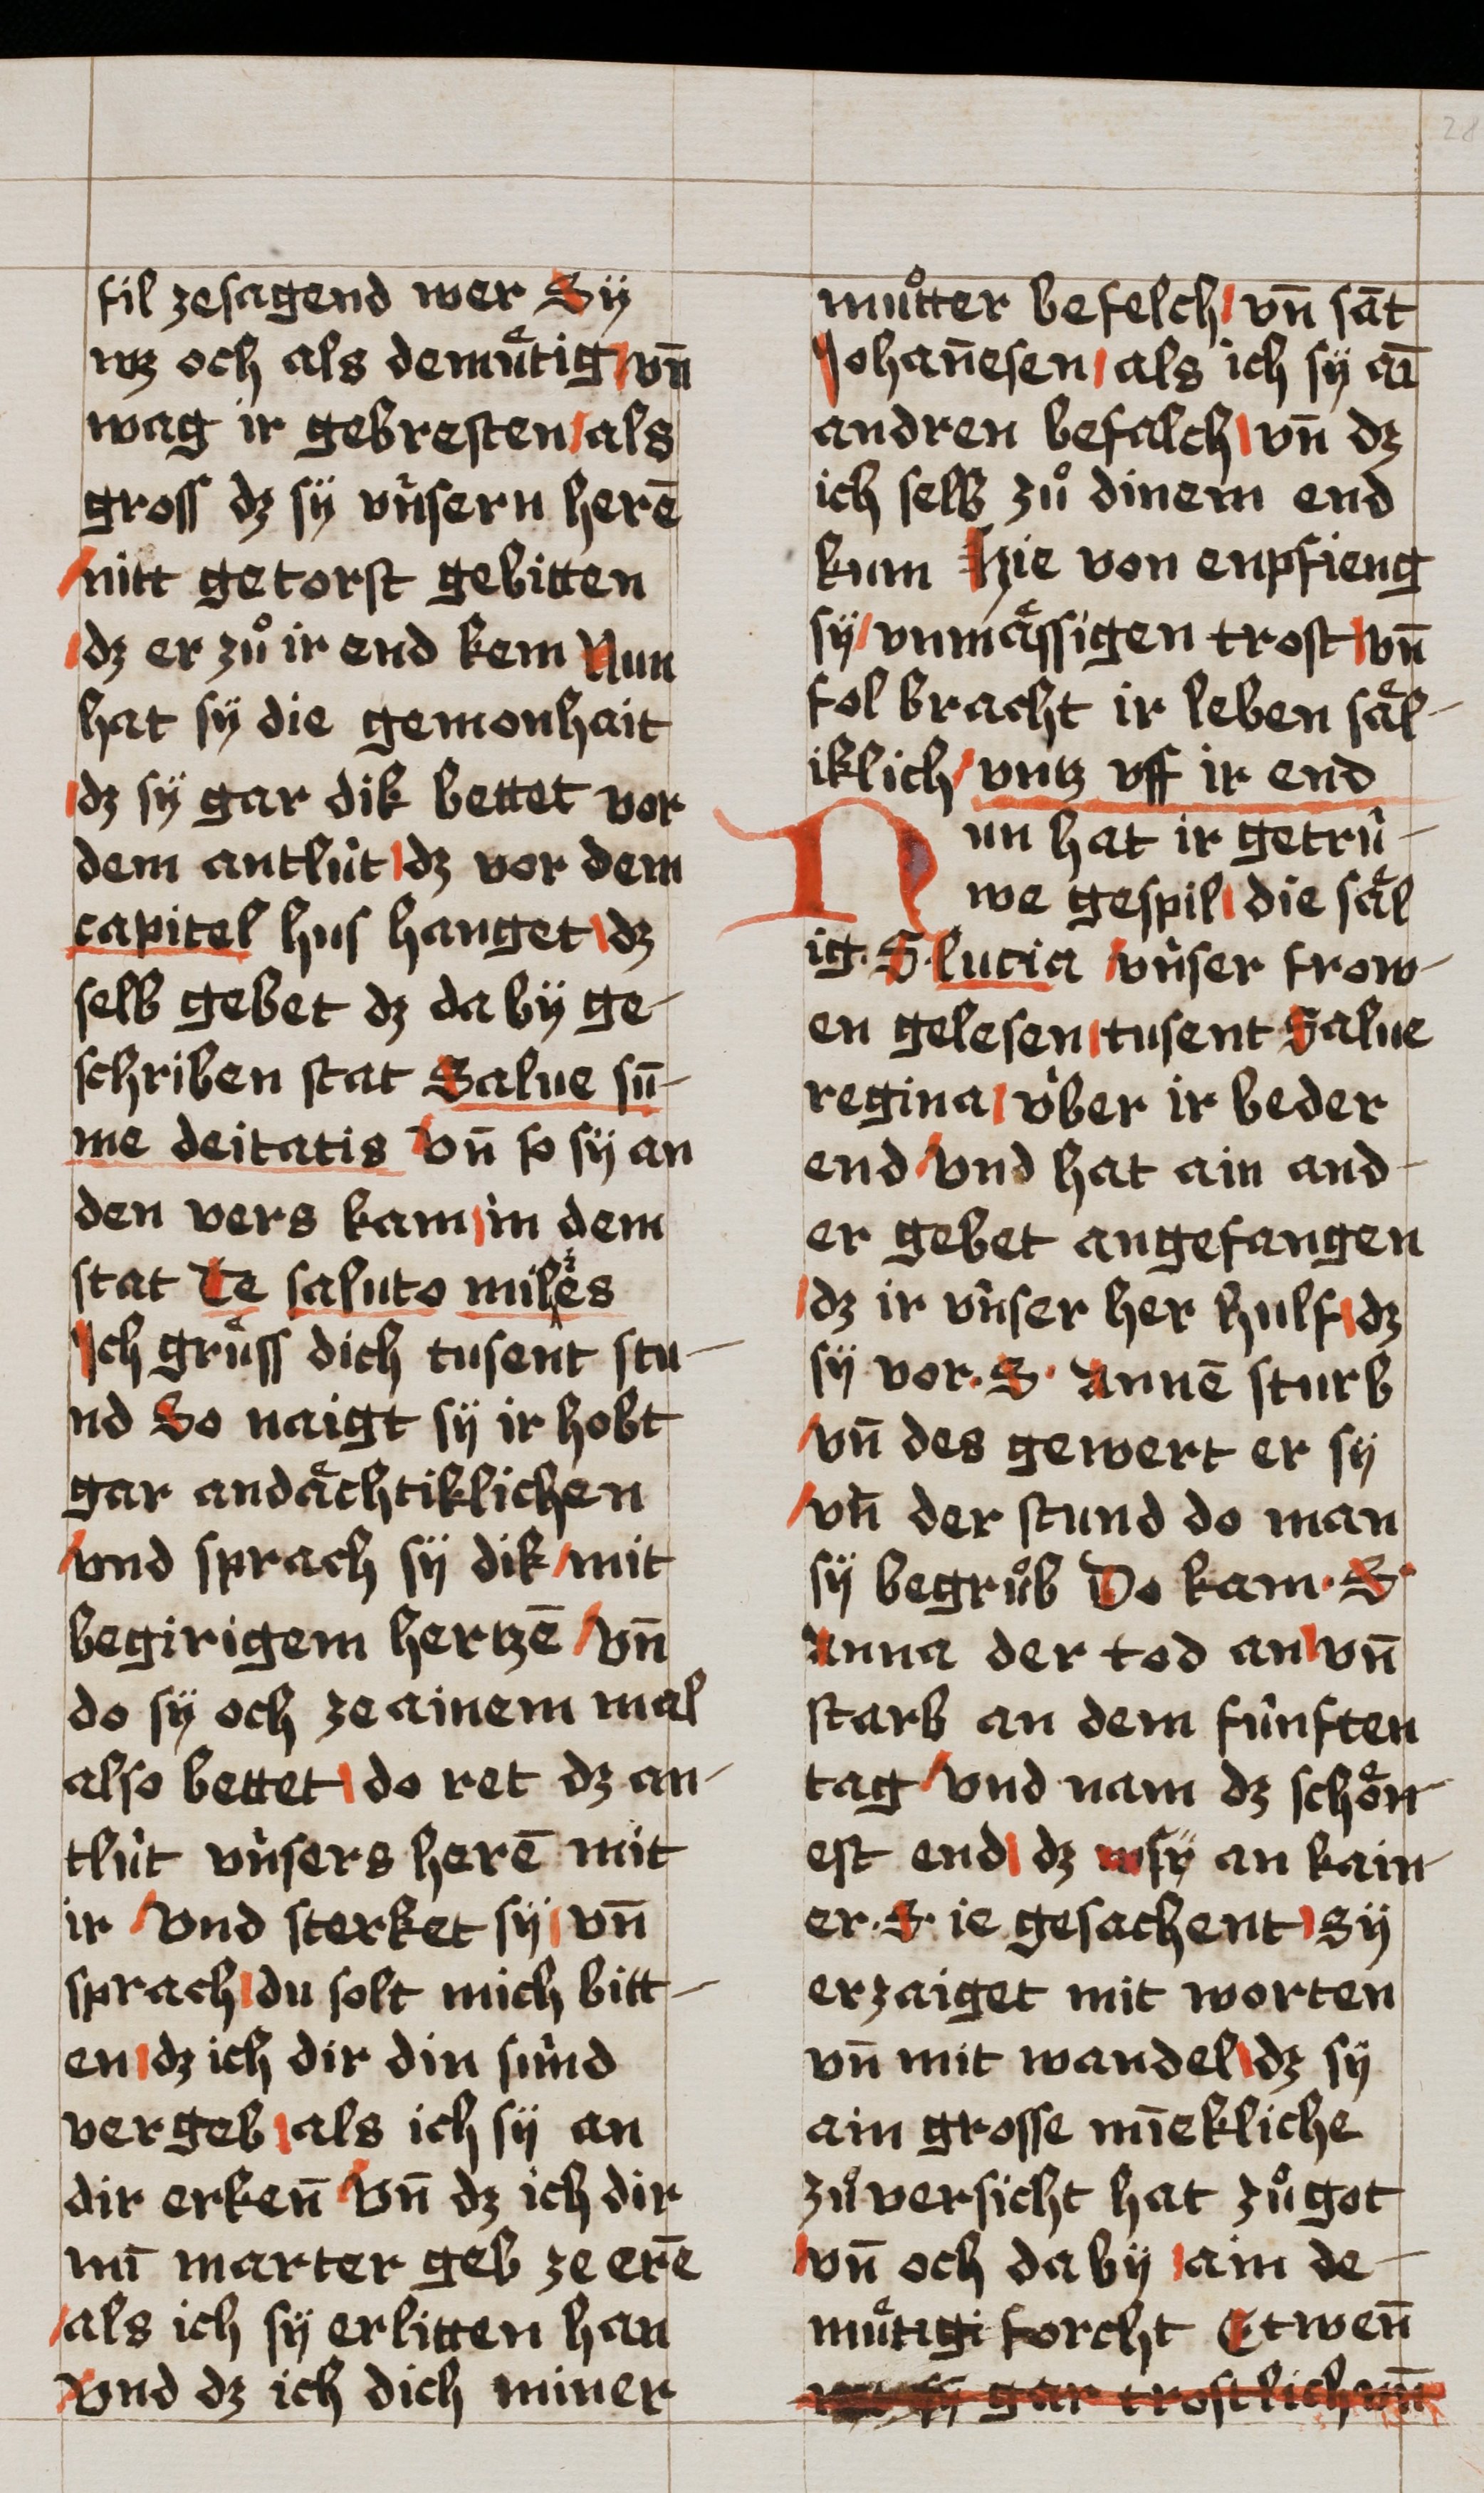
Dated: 1493–1493